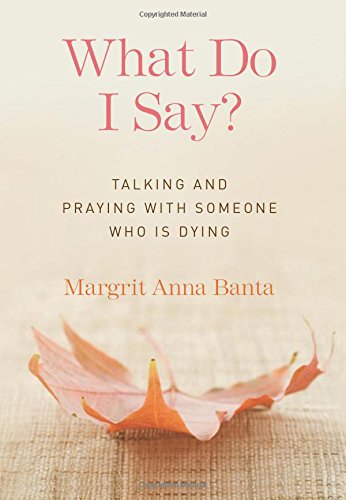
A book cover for What Do I Say?: Talking and Praying with Someone Who Is Dying; Margrit Anna Banta; Christian Books & Bibles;